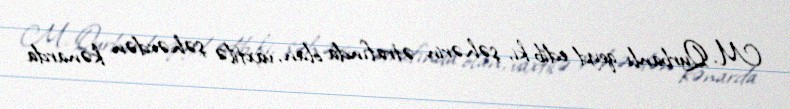
M. Qurbanlı qeyd edib ki, şəhərin ətrafında olan, vaxtilə şəhərdən kənarda